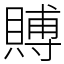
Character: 賻